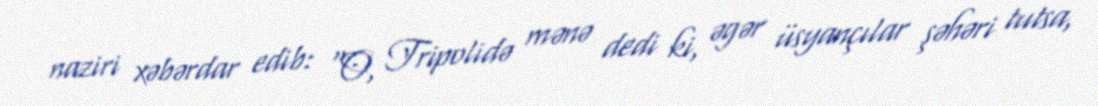
naziri xəbərdar edib: “O, Tripolidə mənə dedi ki, əgər üsyançılar şəhəri tutsa,